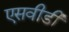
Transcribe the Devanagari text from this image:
एसवीडी